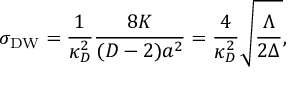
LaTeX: \sigma _ { \mathrm { D W } } = { \frac { 1 } { \kappa _ { D } ^ { 2 } } } { \frac { 8 K } { ( D - 2 ) a ^ { 2 } } } = { \frac { 4 } { \kappa _ { D } ^ { 2 } } } \sqrt { \frac { \Lambda } { 2 \Delta } } ,